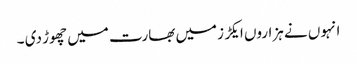
انہوں نے ہزاروں ایکڑ زمیں بھارت میں چھوڑ دی ۔